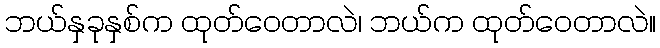
ဘယ်နှခုနှစ်က ထုတ်ဝေတာလဲ၊ ဘယ်က ထုတ်ဝေတာလဲ။